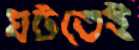
ঘটতেই